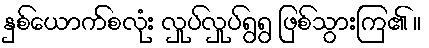
နှစ်ယောက်စလုံး လှုပ်လှုပ်ရွရွ ဖြစ်သွားကြ၏ ။